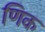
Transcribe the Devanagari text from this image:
णिक